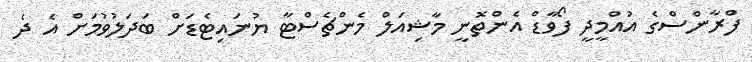
ފްރާންސްގެ އުއްމީދީ ފޯވާޑް އެންތޮނީ މާޝިއަލް މެންޗެސްޓާ ޔުނައިޓެޑަށް ބަދަލުވުމަށް އެ ދެ